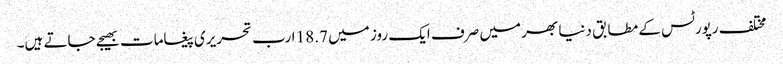
مختلف رپورٹس کے مطابق دنیا بھر میں صرف ایک روز میں 18.7 ارب تحریری پیغامات بھیجے جاتے ہیں۔